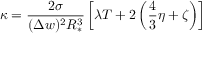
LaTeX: \kappa = \frac { 2 \sigma } { ( \Delta w ) ^ { 2 } R _ { * } ^ { 3 } } \left[ \lambda T + 2 \left( \frac { 4 } { 3 } \eta + \zeta \right) \right]